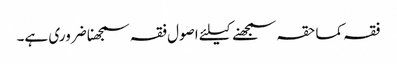
فقہ کما حقہ سمجھنے کیلئے اصول فقہ سمجھنا ضروری ہے۔